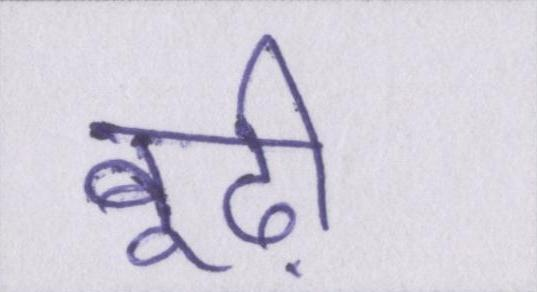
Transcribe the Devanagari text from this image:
बूढ़ी